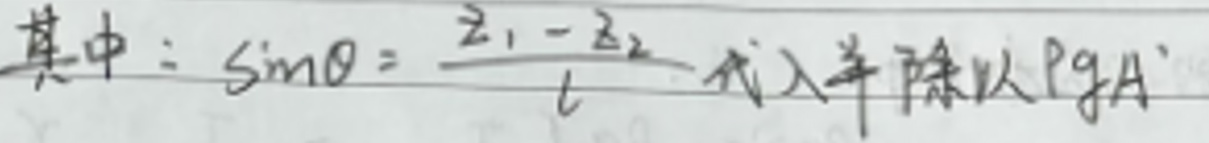
其中：$\sin\theta = \frac{z_1 - z_2}{l} $代入并除以$ \rho g A$